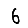
Digit: 6